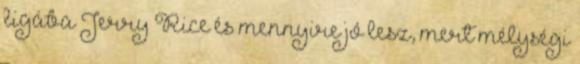
ligába Jerry Rice és mennyire jó lesz, mert mélységi